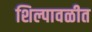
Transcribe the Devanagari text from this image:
शिल्पावळीत